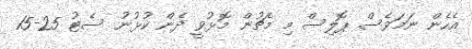
އެހެން ނަމަވެސް ޕޮލިސް މި މެޗުން މޮޅުވީ ދެން ކުޅުނު ސެޓު 25-15